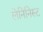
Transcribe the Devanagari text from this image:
लेनिनिस्ट